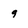
Character: 9